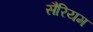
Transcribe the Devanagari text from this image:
सैरियम